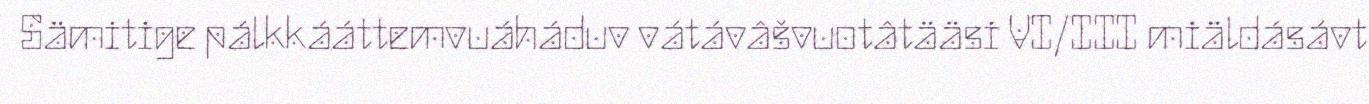
Sämitige pálkkááttemvuáháduv vátávâšvuotâtääsi VI/III miäldásávt